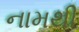
નામથી